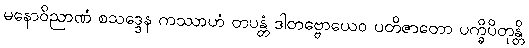
မနောဝိညာဏံ စသဒ္ဒေန ကဿာဟံ တပန္တံ ဒါတဗ္ဗောယေဝ ပတိဇာတော ပက္ခိပိတုန္တိ